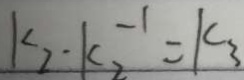
k _ { 2 } \cdot k _ { 2 } ^ { - 1 } = k _ { 3 }